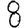
Digit: 8